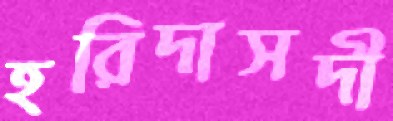
হরিদাসদী